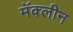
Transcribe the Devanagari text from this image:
मॅक्लीन